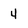
Character: 4